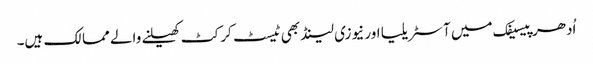
اُدھر پیسیفک میں آسٹریلیا اور نیوزی لینڈ بھی ٹیسٹ کرکٹ کھیلنے والے ممالک ہیں۔